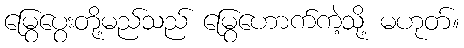
မြွေပွေးတို့မည်သည် မြွေဟောက်ကဲ့သို့ မဟုတ်။